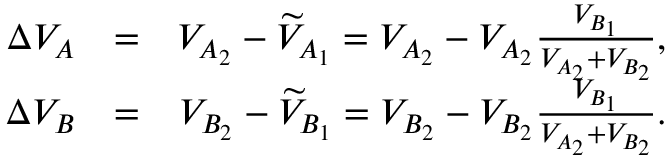
\begin{array} { r l r } { \Delta { V } _ { A } } & { = } & { { V } _ { A _ { 2 } } - \widetilde { V } _ { A _ { 1 } } = { V } _ { A _ { 2 } } - { V } _ { A _ { 2 } } \frac { V _ { B _ { 1 } } } { { V } _ { A _ { 2 } } + { V } _ { B _ { 2 } } } , } \\ { \Delta { V } _ { B } } & { = } & { { V } _ { B _ { 2 } } - \widetilde { V } _ { B _ { 1 } } = { V } _ { B _ { 2 } } - { V } _ { B _ { 2 } } \frac { V _ { B _ { 1 } } } { { V } _ { A _ { 2 } } + { V } _ { B _ { 2 } } } . } \end{array}